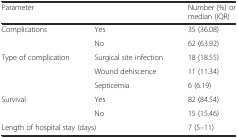
<table><thead><tr><td colspan="2"><b>Parameter</b></td><td><b>Number (%) or median (IQR)</b></td></tr></thead><tbody><tr><td rowspan="2">Complications</td><td>Yes</td><td>35 (36.08)</td></tr><tr><td>No</td><td>62 (63.92)</td></tr><tr><td rowspan="3">Type of complication</td><td>Surgical site infection</td><td>18 (18.55)</td></tr><tr><td>Wound dehiscence</td><td>11 (11.34)</td></tr><tr><td>Septicemia</td><td>6 (6.19)</td></tr><tr><td rowspan="2">Survival</td><td>Yes</td><td>82 (84.54)</td></tr><tr><td>No</td><td>15 (15.46)</td></tr><tr><td colspan="2">Length of hospital stay (days)</td><td>7 (5–11)</td></tr></tbody></table>